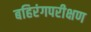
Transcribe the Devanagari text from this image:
बहिरंगपरीक्षण